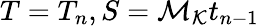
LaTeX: T=T_{n},S=\mathcal{M}_{\mathcal{K}}t_{n-1}